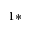
^ { 1 * }